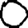
Digit: 0